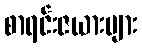
စာရင်းဇယားများ